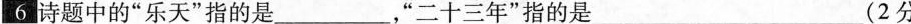
6诗题中的”乐天”指的是_，”二十三年”指的是_(2分)